Indian Civil Veterinary Department memoirs
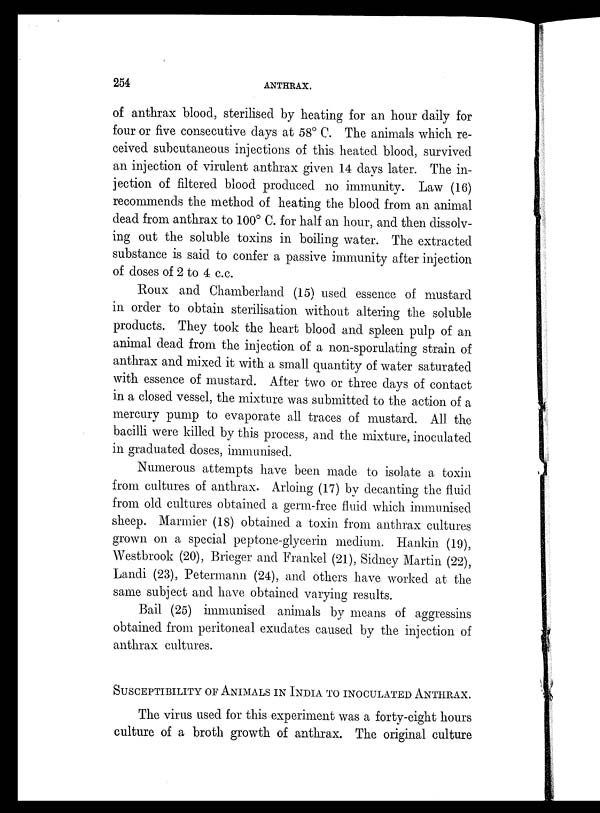
254
ANTHRAX.
of anthrax blood, sterilised by heating for an hour daily for
four or five consecutive days at 58° C. The animals which re-
ceived subcutaneous injections of this heated blood, survived
an injection of virulent anthrax given 14 days later. The in-
jection of filtered blood produced no immunity. Law (16)
recommends the method of heating the blood from an animal
dead from anthrax to 100° C. for half an hour, and then dissolv-
ing out the soluble toxins in boiling water. The extracted
substance is said to confer a passive immunity after injection
of doses of 2 to 4 c.c.
Roux and Chamberland (15) used essence of mustard
in order to obtain sterilisation without altering the soluble
products. They took the heart blood and spleen pulp of an
animal dead from the injection of a non-sporulating strain of
anthrax and mixed it with a small quantity of water saturated
with essence of mustard. After two or three days of contact
in a closed vessel, the mixture was submitted to the action of a
mercury pump to evaporate all traces of mustard. All the
bacilli were killed by this process, and the mixture, inoculated
in graduated doses, immunised.
Numerous attempts have been made to isolate a toxin
from cultures of anthrax. Arloing (17) by decanting the fluid
from old cultures obtained a germ-free fluid which immunised
sheep. Marmier (18) obtained a toxin from anthrax cultures
grown on a special peptone-glycerin medium. Hankin (19),
Westbrook (20), Brieger and Frankel (21), Sidney Martin (22),
Landi (23), Petermann (24), and others have worked at the
same subject and have obtained varying results.
Bail (25) immunised animals by means of aggressins
obtained from peritoneal exudates caused by the injection of
anthrax cultures.
SUSCEPTIBILITY OF ANIMALS IN INDIA TO INOCULATED ANTHRAX.
The virus used for this experiment was a forty-eight hours
culture of a broth growth of anthrax. The original culture